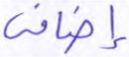
إضافي